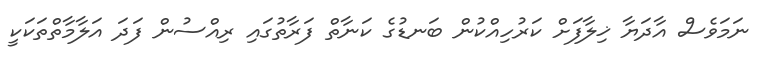
ނަމަވެސް އާދަޔާ ޚިލާފަށް ކަރުހިއްކުން ބަނޑުގެ ކަނާތް ފަރާތުގައި ރިއްސުން ފަދަ އަލާމާތްތަކަކީ